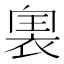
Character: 𧚡